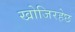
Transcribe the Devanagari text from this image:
खोजिरहेछ